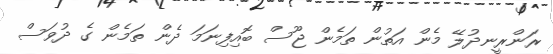
ރަންރީނދުލޭ މެން އަތުން ތަމެން ޖޫސް ބޮއިފިނަމަ ދެން ތަމެން ގެ ދުވަސް